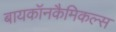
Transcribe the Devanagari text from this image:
बायकॉनकैमिकल्स